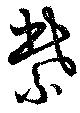
紫